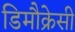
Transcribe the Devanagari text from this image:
डिमौक्रेसी